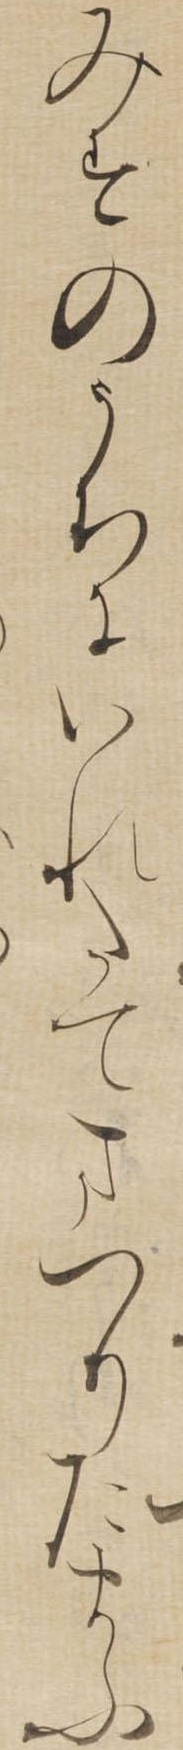
みすのうちにいれたてまつりたまふ